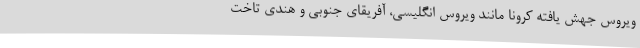
ویروس جهش یافته کرونا مانند ویروس انگلیسی، آفریقای جنوبی و هندی تاخت